Mental hospitals Bombay report 1929-33 - 1929-1933
Year: 1929
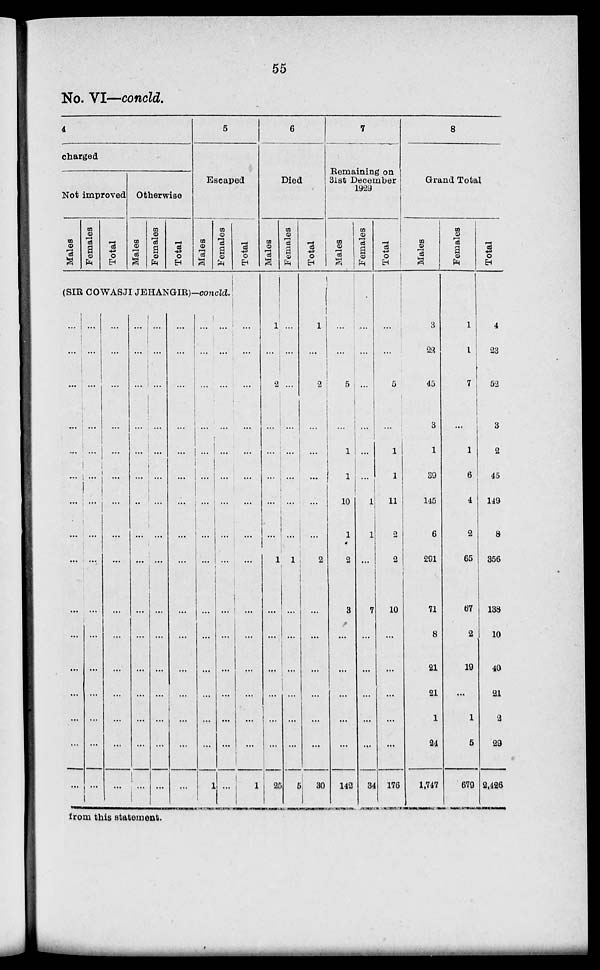
55
No. VI—concld.
4
charged
Not improved
Males
Females
Total
Otherwise
Males
Females
Total
5
Escaped
Males
Females
Total
(SIR COWASJI JEHANGIR)—concld.
...
...
...
...
...
...
...
...
...
...
...
...
...
...
...
...
...
...
...
...
...
...
...
...
...
...
...
...
...
...
...
...
...
...
...
...
...
...
...
...
...
...
...
...
...
...
...
...
...
...
...
...
...
...
...
...
...
...
...
...
...
...
...
...
...
...
...
...
...
...
...
...
...
...
...
...
...
...
...
...
...
...
...
...
...
...
...
...
...
...
...
...
...
...
...
...
...
...
...
...
...
...
...
...
...
...
...
...
...
...
1
...
...
...
...
...
...
...
...
...
...
...
...
...
...
...
...
...
...
...
...
...
...
...
...
...
...
...
...
...
...
...
1
6
Died
Males
1
...
2
...
...
...
...
...
1
...
...
...
...
...
...
25
Females
...
...
...
...
...
...
...
...
1
...
...
...
...
...
...
5
Total
1
...
2
...
...
...
...
...
2
...
...
...
...
...
...
30
7
Remaining on
31st December
1929
Males
Females
...
...
5
...
1
1
10
1
2
3
...
...
...
...
...
142
...
...
...
...
...
...
1
l
...
7
...
...
...
...
...
34
Total
...
...
5
...
1
1
11
2
2
10
...
...
...
...
...
176
8
Grand Total
Males
3
23
45
3
1
39
145
6
291
71
8
21
21
1
24
1,747
Females
1
1
7
...
1
6
4
2
65
67
2
19
...
1
5
679
Total
4
23
52
3
2
45
149
8
356
138
10
40
21
2
29
2,426
from this statement.